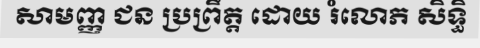
សាមញ្ញ ជន ប្រព្រឹត្ត ដោយ រំលោភ សិទ្ធិ